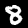
Label: 8